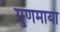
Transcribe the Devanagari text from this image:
गुणमाया